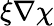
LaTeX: \xi\nabla\chi